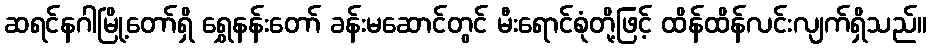
ဆရင်နဂါမြို့တော်ရှိ ရွှေနန်းတော် ခန်းမဆောင်တွင် မီးရောင်စုံတို့ဖြင့် ထိန်ထိန်လင်းလျက်ရှိသည်။